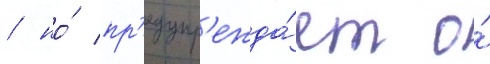
/ но́ пр'едупр'ежда́ет о́